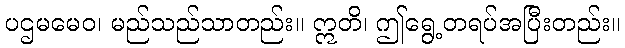
ပဌမမေဝ၊ မည်သည်သာတည်း။ ဣတိ၊ ဤရွေ့တရပ်အပြီးတည်း။